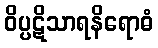
ဝိပ္ပဋိသာရနိရောဓံ